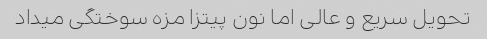
تحویل سریع و عالی اما نون پیتزا مزه سوختگی میداد